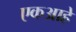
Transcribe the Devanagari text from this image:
एकआहे